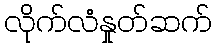
လိုက်လံနှုတ်ဆက်